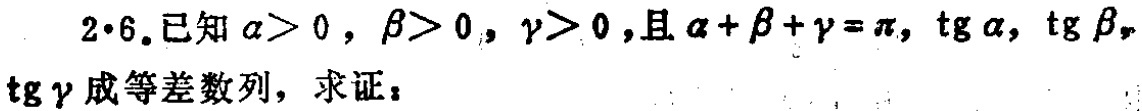
2·6.已知\(\alpha>0\)，\(\beta>0\)，\(\gamma>0\)，且\(\alpha + \beta+\gamma=\pi\)，\(\tan\alpha\)，\(\tan\beta\)，\(\tan\gamma\)成等差数列，求证：